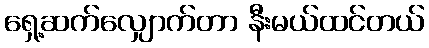
ရှေ့ဆက်လျှောက်တာ နီးမယ်ထင်တယ်